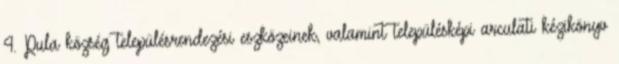
4. Pula község településrendezési eszközeinek, valamint településképi arculati kézikönyv